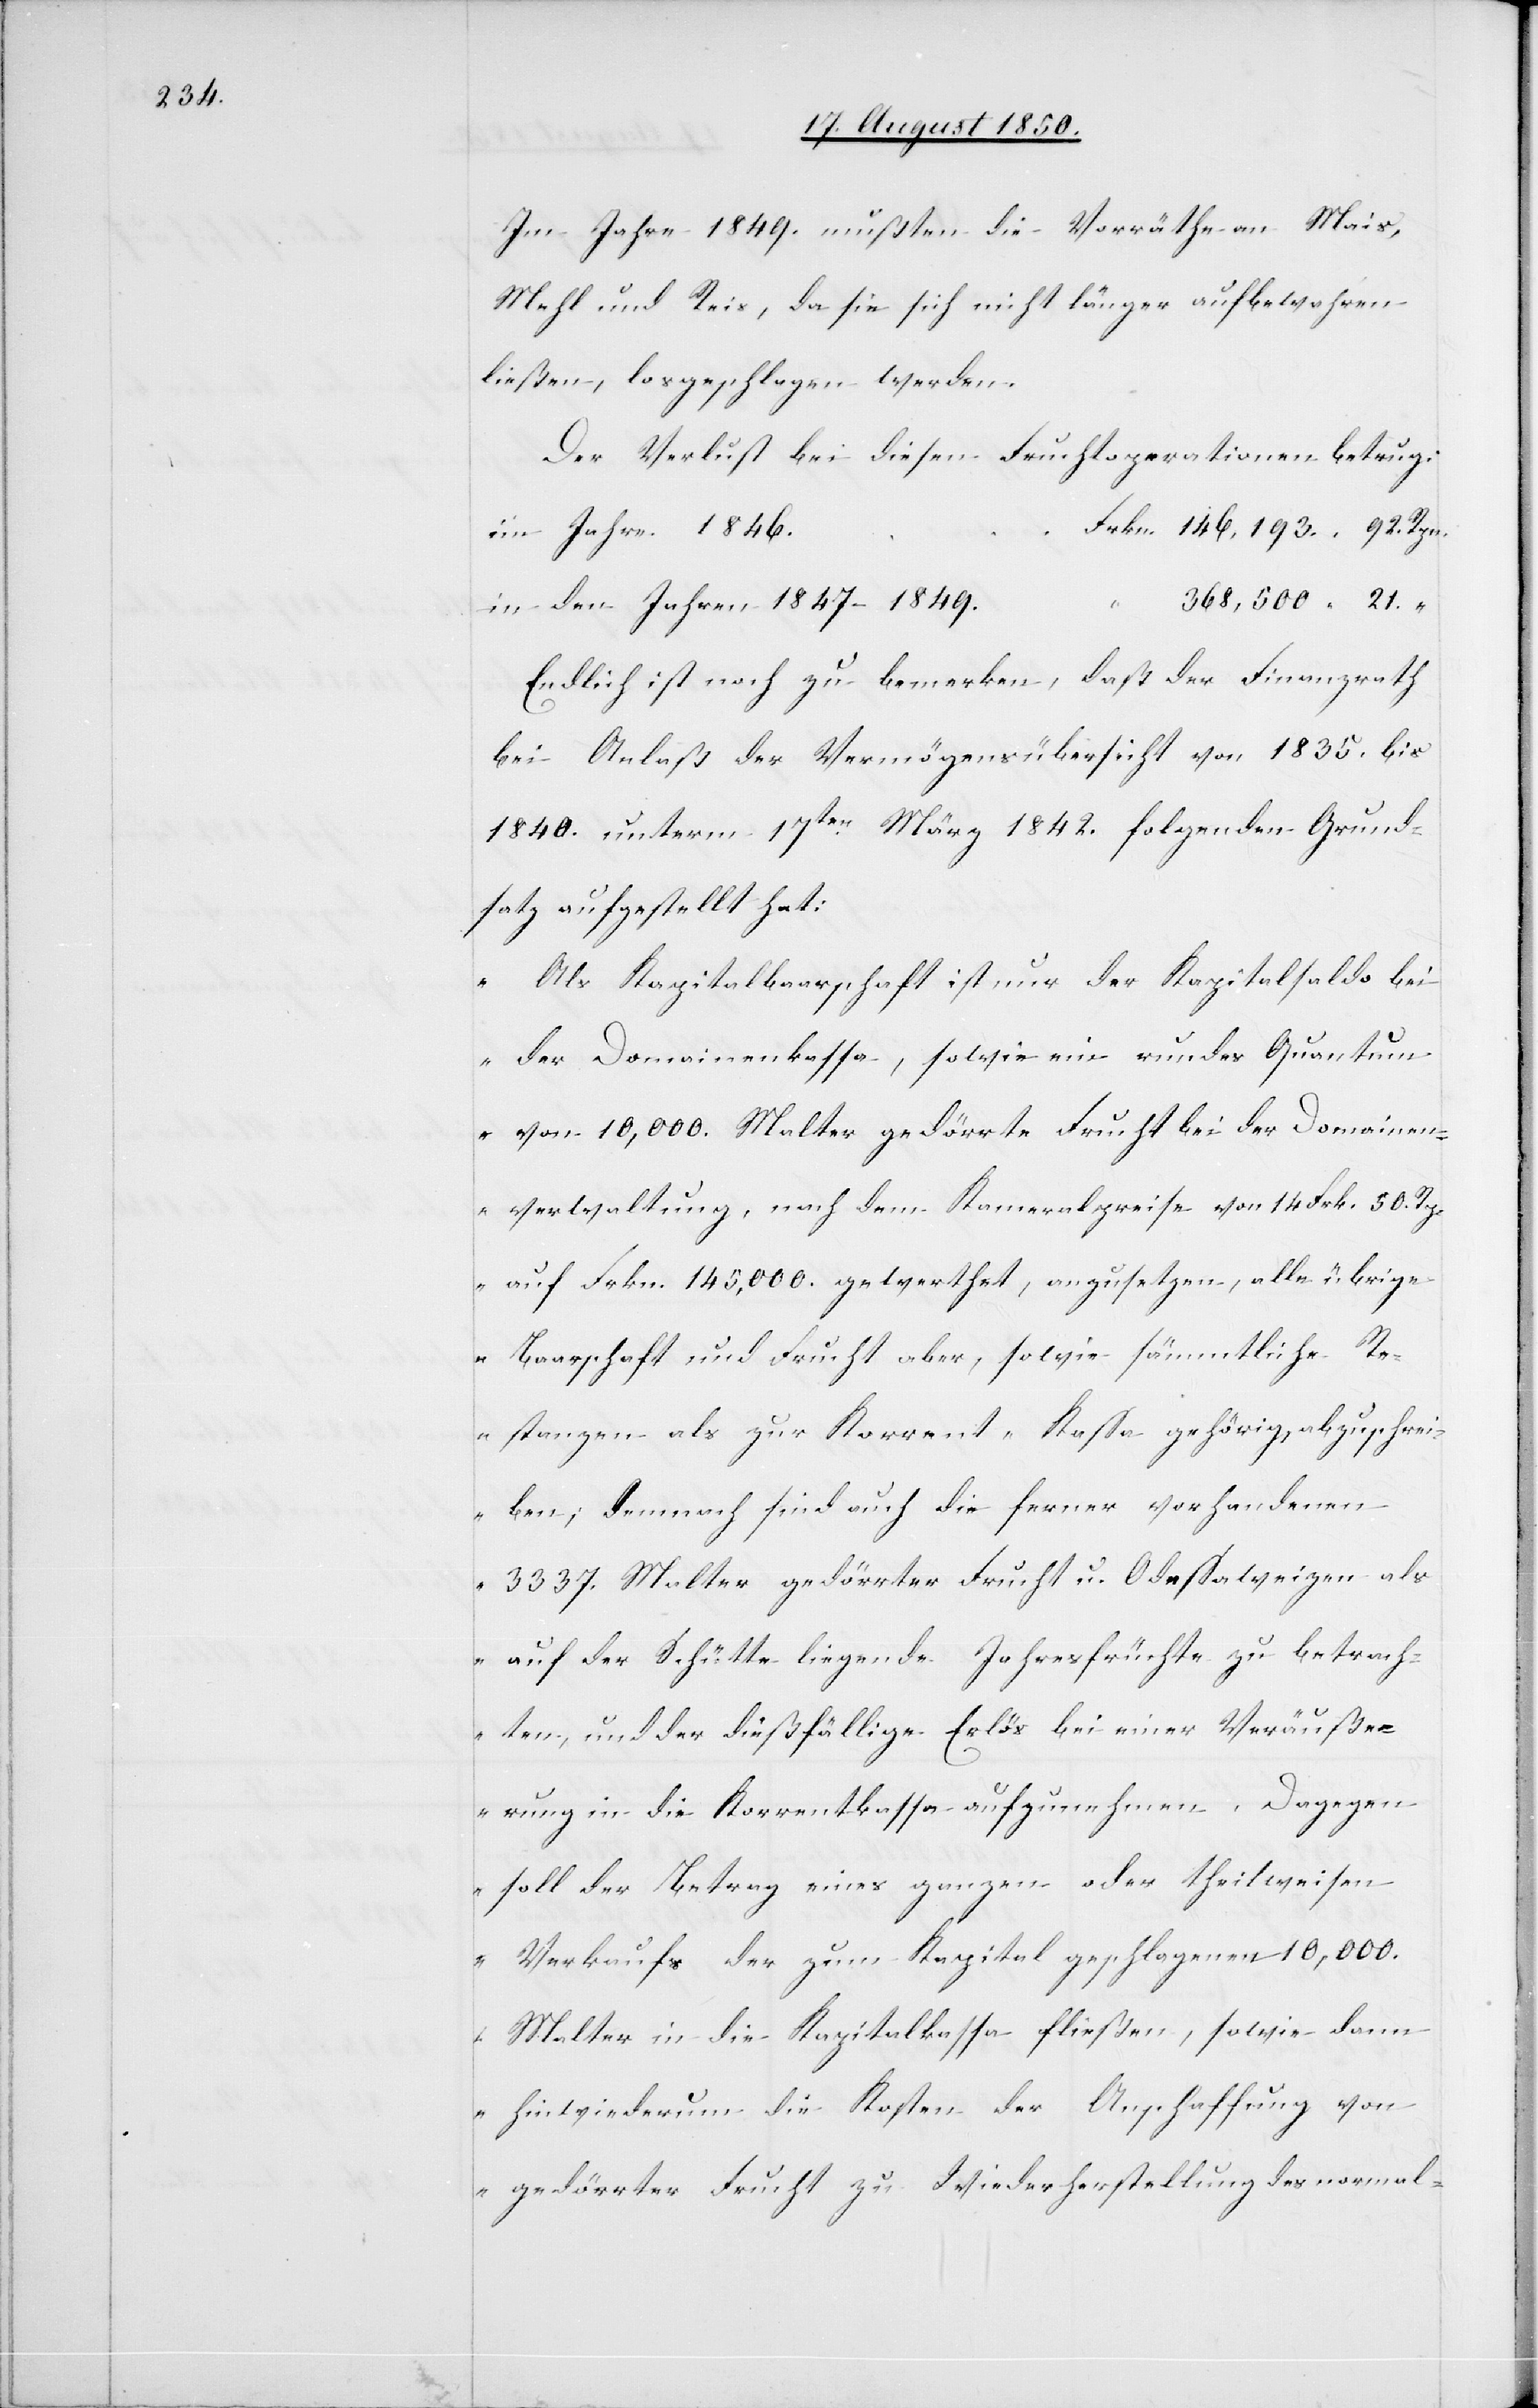
Im Jahre 1849. mußten die Vorräthe an Mais,
Mehl und Reis, da sie sich nicht länger aufbewahren
ließen, losgeschlagen werden.
Der Verlust bei diesen Fruchtoperationen betrug:
in den Jahren 1847–1849.
Endlich ist noch zu bemerken, daß der Finanzrath
bei Anlaß der Vermögensübersicht von 1835. bis
1840. unterm 17ten März 1842. folgenden Grund¬
satz aufgestellt hat:
„Als Kapitalbaarschaft ist nur der Kapitalsaldo bei
der Domainenkassa, sowie ein rundes Quantum
von 10,000. Malter gedörrte Frucht bei der Domainen¬
verwaltung, nach dem Kameralpreise von 14 Frkn. 50. Rp.
auf Frkn. 145,000. gewerthet, anzusetzen, alle übrige
Baarschaft und Frucht aber, sowie sämmtliche Re¬
stanzen als zur Korrent-Kassa gehörig, abzuschrei¬
ben; demnach sind auch die ferner vorhandenen
3337. Malter gedörrter Frucht u. Odessaweizen als
auf der Schütte liegende Jahresfrüchte zu betrach¬
ten, und der dießfällige Erlös bei einer Veräuße¬
rung in die Korrentkassa aufzunehmen. Dagegen
soll der Betrag eines ganzen oder theilweisen
Verkaufs der zum Kapital geschlagenen 10,000.
Malter in die Kapitalkassa fließen, sowie dann
hinwiederum die Kosten der Anschaffung von
gedörrter Frucht zu Wiederherstellung des normal-